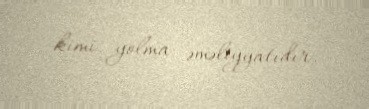
kimi yolma əməliyyatıdır.